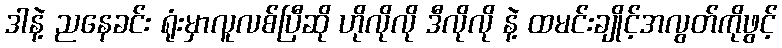
ဒါနဲ့ ညနေခင်း ရုံးမှာလူလစ်ပြီဆို ဟိုလိုလို ဒီလိုလို နဲ့ ထမင်းချိုင့်အလွတ်ကိုဖွင့်